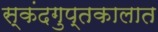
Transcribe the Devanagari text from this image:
स्कंदगुप्तकालात